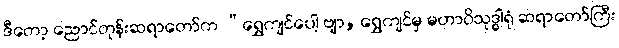
ဒီတော့ ညောင်တုန်းဆရာတော်က “ရွှေကျင်ပေါ့ ဗျာ, ရွှေကျင်မှ မဟာဝိသုဒ္ဓါရုံ ဆရာတော်ကြီး